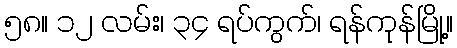
၅၈။ ၁၂ လမ်း၊ ၃၄ ရပ်ကွက်၊ ရန်ကုန်မြို့။